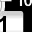
Digit: 1